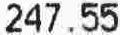
247.55